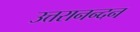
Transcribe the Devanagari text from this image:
उत्तरानन्दन